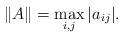
LaTeX: \begin{align*} \|A\| = \max_{i,j} |a_{ij}| .\end{align*}